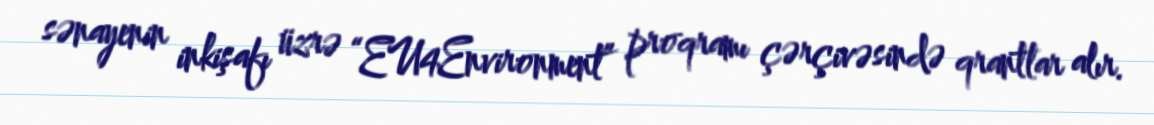
sənayenin inkişafı üzrə “EU4Environment” proqramı çərçivəsində qrantlar alır.